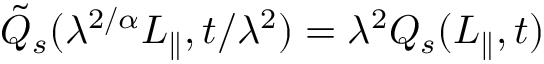
\tilde { Q } _ { s } ( \lambda ^ { 2 / \alpha } L _ { \parallel } , t / \lambda ^ { 2 } ) = \lambda ^ { 2 } Q _ { s } ( L _ { \parallel } , t )